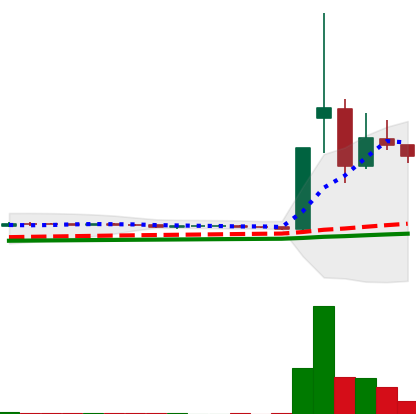
Ticker: DOGE-USD
Chart end date: 2021-02-02
Forward return: 149.943%
Label: up_7plus